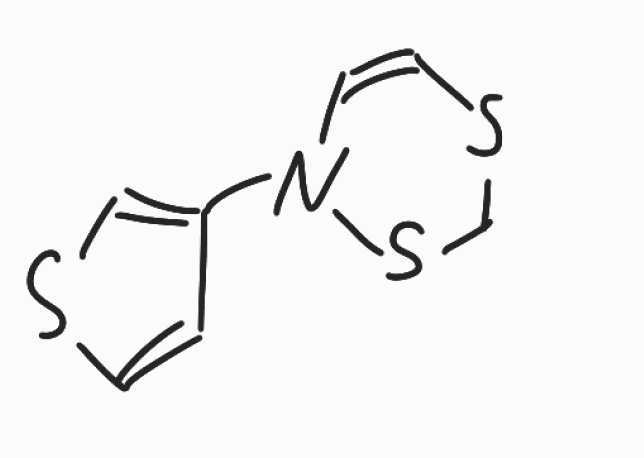
Simplified molecular-input line-entry system (SMILES) notation of the given molecule:
C1SC=CN(S1)C2=CSC=C2